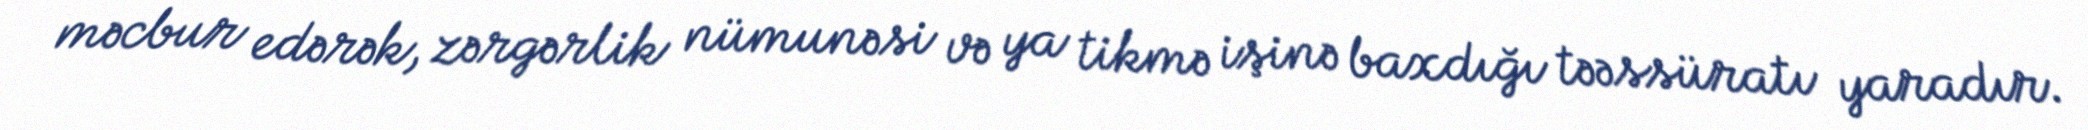
məcbur edərək, zərgərlik nümunəsi və ya tikmə işinə baxdığı təəssüratı yaradır.